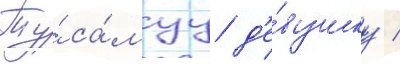
Ту́ са́муу д'е́вушку /